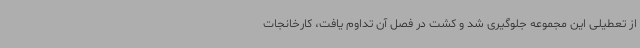
از تعطیلی این مجموعه جلوگیری شد و کشت در فصل آن تداوم یافت، کارخانجات